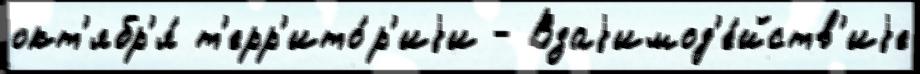
окт'ябр'я́ т'ерр'ито́р'иjи - Взаjимод'е́йств'иjе